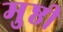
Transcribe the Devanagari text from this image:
मुष्ठी